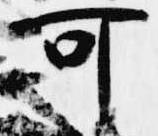
可